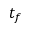
t _ { f }